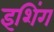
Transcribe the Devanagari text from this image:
इशिंग